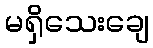
မရှိသေးချေ